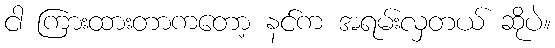
ငါ ကြားထားတာကတော့ နင်က အရမ်းလှတယ် ဆိုပဲ။